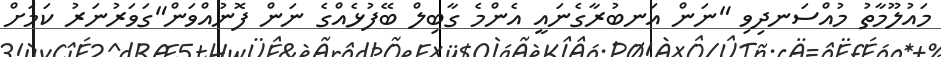
މައުލޫމާތު މުއްސަނދިވި "ނަން އަނބުރާގެނައީ އެންމެ ގާބިލް ބޭފުޅެއްގެ ނަން ފޮނުއްވަން"ގަވަރުނަރު ކަމަށް